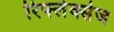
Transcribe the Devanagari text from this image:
रिफ्लेक्सेज